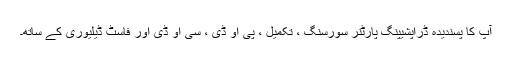
آپ کا پسندیدہ ڈراپشیپنگ پارٹنر سورسنگ ، تکمیل ، پی او ڈی ، سی او ڈی اور فاسٹ ڈیلیوری کے ساتھ۔